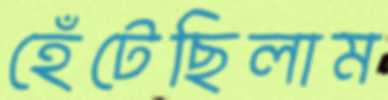
হেঁটেছিলাম